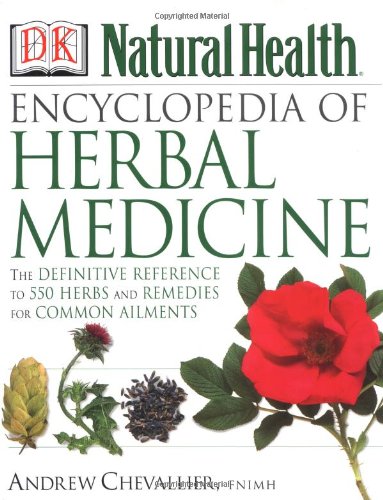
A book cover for Encyclopedia of Herbal Medicine: The Definitive Home Reference Guide to 550 Key Herbs with all their Uses as Remedies for Common Ailments; Andrew Chevallier; Medical Books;